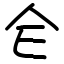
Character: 仺